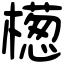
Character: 檧